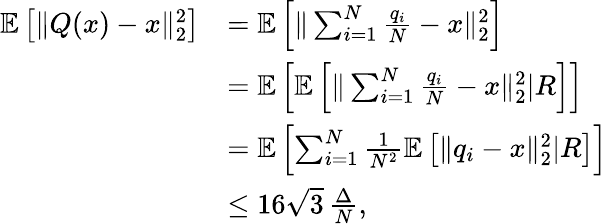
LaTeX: \begin{array}{rl}{\mathbb{E}\left[\| Q(x)-x\| _{2}^{2}\right]}&{=\mathbb{E}\left[\| \sum_{i=1}^{N}\frac{q_{i}}{N}-x\| _{2}^{2}\right]}\\ &{=\mathbb{E}\left[\mathbb{E}\left[\| \sum_{i=1}^{N}\frac{q_{i}}{N}-x\| _{2}^{2}|R\right]\right]}\\ &{=\mathbb{E}\left[\sum_{i=1}^{N}\frac{1}{N^{2}}\mathbb{E}\left[\| q_{i}-x\| _{2}^{2}|R\right]\right]}\\ &{\leq 16\sqrt{3}\, \frac{\Delta}{N},}\end{array}